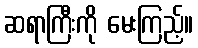
ဆရာကြီးကို မေးကြည့်။